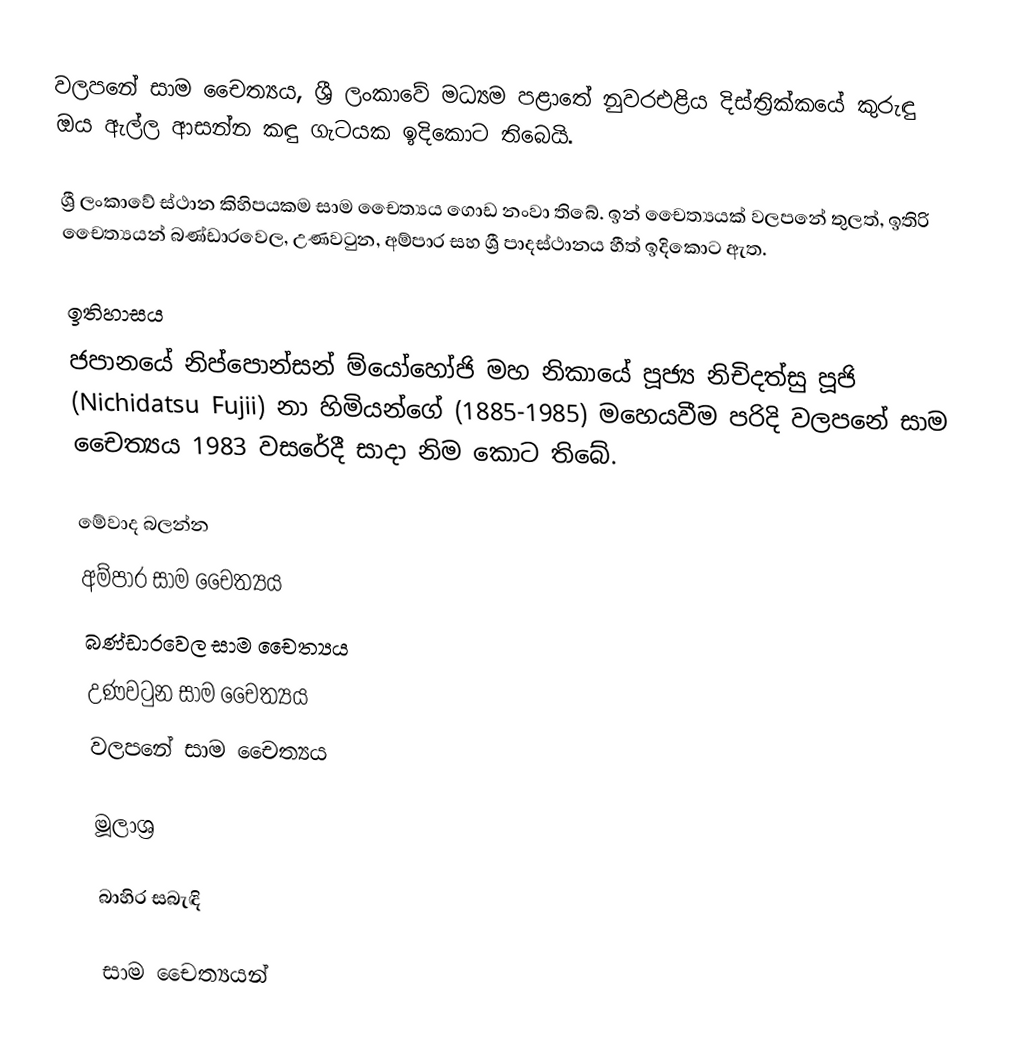
වලපනේ සාම චෛත්‍යය, ශ්‍රී ලංකාවේ මධ්‍යම පළාතේ නුවරඑළිය දිස්ත්‍රික්කයේ කුරුඳු ඔය ඇල්ල ආසන්න කඳු ගැටයක ඉදිකොට තිබෙයි.

ශ්‍රී ලංකාවේ ස්ථාන කිහිපයකම සාම චෛත්‍යය ගොඩ නංවා තිබේ. ඉන් චෛත්‍යයක් වලපනේ තුලත්, ඉතිරි චෛත්‍යයන් බණ්ඩාරවෙල, උණවටුන, අම්පාර සහ ශ්‍රී පාදස්ථානය හීත් ඉදිකොට ඇත.

ඉතිහාසය
ජපානයේ නිප්පොන්සන් ම්යෝහෝජි මහ නිකායේ පූජ්‍ය නිචිදත්සු පූජි (Nichidatsu Fujii) නා හිමියන්ගේ (1885-1985) මහෙයවීම පරිදි වලපනේ සාම චෛත්‍යය 1983 වසරේදී සාදා නිම කොට තිබේ.

මේවාද බලන්න
අම්පාර සාම චෛත්‍යය
බණ්ඩාරවෙල සාම චෛත්‍යය
උණවටුන සාම චෛත්‍යය
වලපනේ සාම චෛත්‍යය

මූලාශ්‍ර

බාහිර සබැඳි

සාම චෛත්‍යයන්